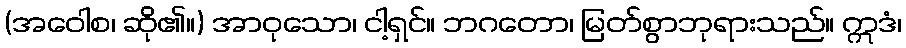
(အဝေါစ၊ ဆို၏။) အာဝုသော၊ ငါ့ရှင်။ ဘဂတော၊ မြတ်စွာဘုရားသည်။ ဣဒံ၊